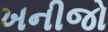
ખનીજો